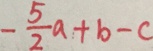
- \frac { 5 } { 2 } a + b - c